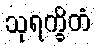
သုရက္ခိတံ